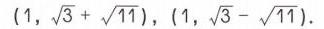
$(1,\sqrt{3}+\sqrt{11}),(1,\sqrt{3}-\sqrt{11}).$